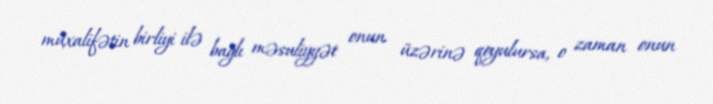
müxalifətin birliyi ilə bağlı məsuliyyət onun üzərinə qoyulursa, o zaman onun